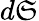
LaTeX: d\mathfrak{S}